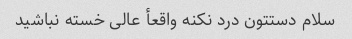
سلام دستتون درد نکنه واقعأ عالی خسته نباشید